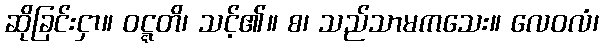
ဆိုခြင်းငှာ။ ဝဋ္ဋတိ၊ သင့်၏။ စ၊ သည်သာမကသေး။ လေဝလံ၊